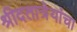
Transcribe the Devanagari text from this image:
श्रीदतात्रेयांचा